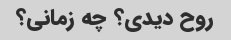
روح دیدی؟ چه زمانی؟